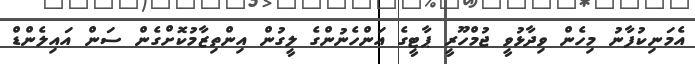
އެމަނިކުފާނު މިހެން ވިދާޅުވީ ޖުމްހޫރީ ޕާޓީގެ އަންހެނުންގެ ލީގުން އިންތިޒާމުކޮށްގެން ސަން އައިލެންޑް